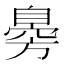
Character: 臱